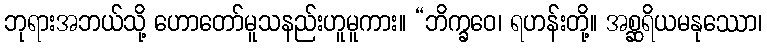
ဘုရားအဘယ်သို့ ဟောတော်မူသနည်းဟူမူကား။ “ဘိက္ခဝေ၊ ရဟန်းတို့။ အစ္ဆရိယမနုဿော၊